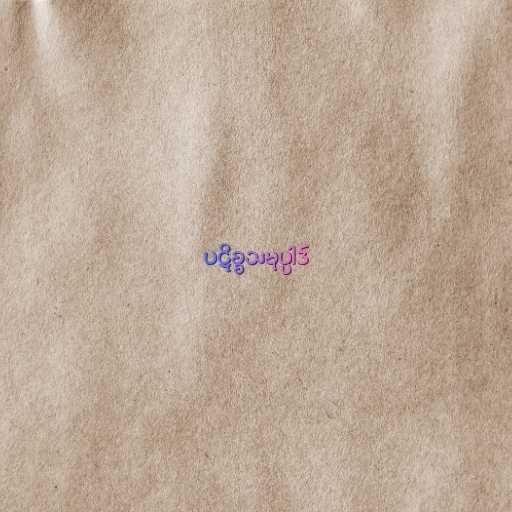
ပဋိစ္စသမုပ္ပါဒ်